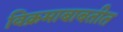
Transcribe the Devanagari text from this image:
विक्रमाबाबतीत